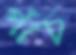
পাঁচ